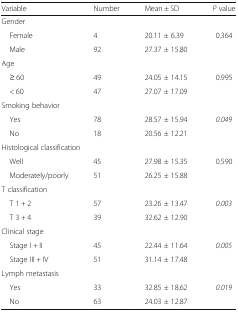
| Variable | Number | Mean ± SD | P value |
 | --- | --- | --- | --- |
 | <COLSPAN=4> Gender |
 | Female | 4 | 20.11 ± 6.39 | <ROWSPAN=2> 0.364 |
 | Male | 92 | 27.37 ± 15.80 |
 | <COLSPAN=4> Age |
 | ≥ 60 | 49 | 24.05 ± 14.15 | <ROWSPAN=2> 0.995 |
 | < 60 | 47 | 27.07 ± 17.09 |
 | <COLSPAN=4> Smoking behavior |
 | Yes | 78 | 28.57 ± 15.94 | <ROWSPAN=2> 0.049 |
 | No | 18 | 20.56 ± 12.21 |
 | <COLSPAN=4> Histological classification |
 | Well | 45 | 27.98 ± 15.35 | <ROWSPAN=2> 0.590 |
 | Moderately/poorly | 51 | 26.25 ± 15.88 |
 | <COLSPAN=4> T classification |
 | T 1 + 2 | 57 | 23.26 ± 13.47 | <ROWSPAN=2> 0.003 |
 | T 3 + 4 | 39 | 32.62 ± 12.90 |
 | <COLSPAN=4> Clinical stage |
 | Stage I + II | 45 | 22.44 ± 11.64 | 0.005 |
 | Stage III + IV | 51 | 31.14 ± 17.48 |  |
 | <COLSPAN=4> Lymph metastasis |
 | Yes | 33 | 32.85 ± 18.62 | <ROWSPAN=2> 0.019 |
 | No | 63 | 24.03 ± 12.87 |